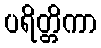
ပရိတ္တိကာ